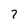
Character: 7